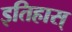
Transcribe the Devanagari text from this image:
इतिहास्